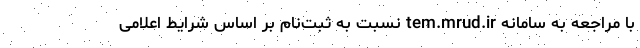
با مراجعه به سامانه tem.mrud.ir نسبت به ثبت‌نام بر اساس شرایط اعلامی